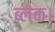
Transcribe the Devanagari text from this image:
ब्लेक।